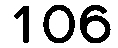
106